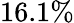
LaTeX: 16.1\%